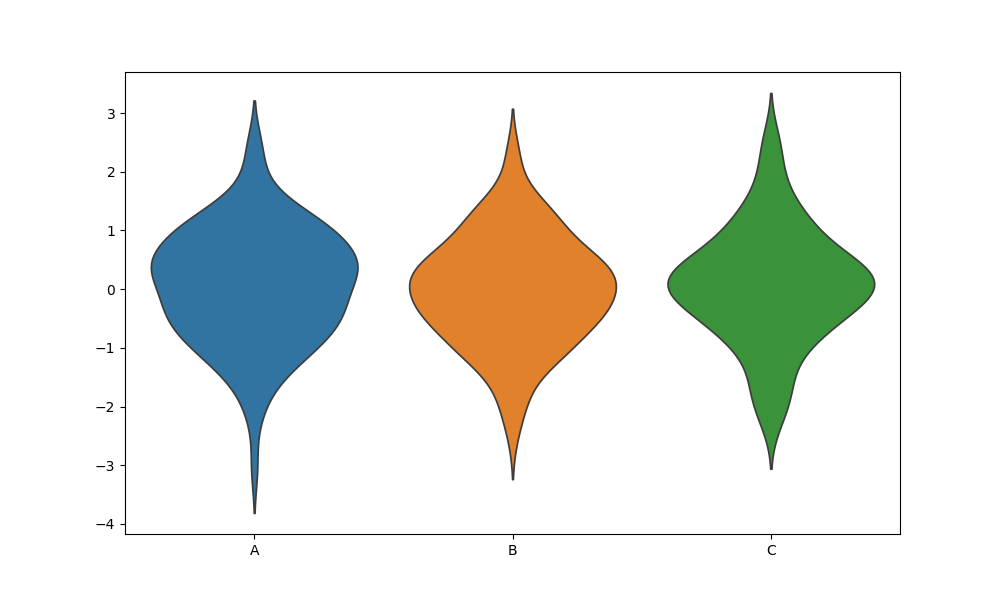
python, seaborn, violinplot, scale='count', split='False', inner='None', fill='True'